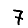
Digit: 7